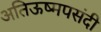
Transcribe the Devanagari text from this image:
अतिऊष्मपसंदी